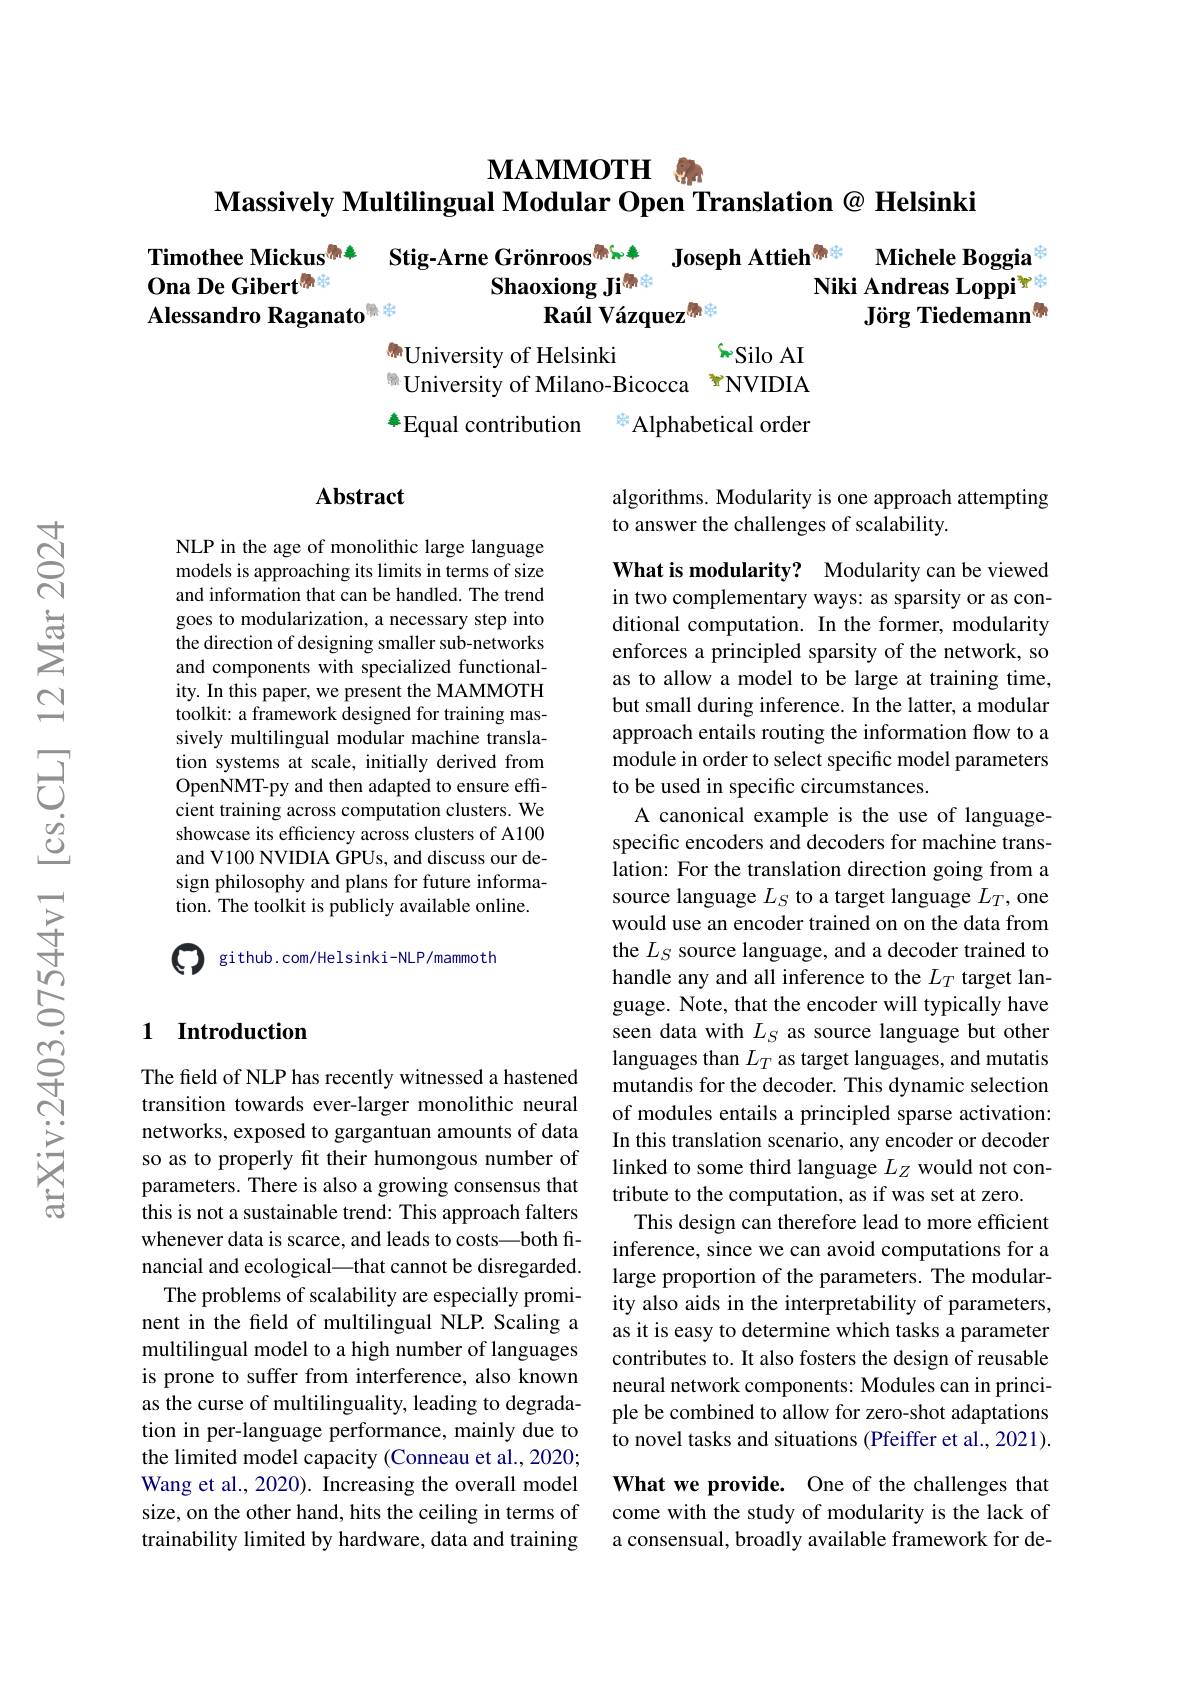
### $\textbf{MAMMOTH }$
$\textbf{Massively Multilingual Modular Open Translation@ Helsinki}$

# Michele Boggia
Timothee Mickus$^{\text{物年}}$ Stig-Arne Grönroos$^{\text{物和年}}$
# Joseph Attieh$^{\text{需求}}$ Ona De Gibert$^{\text{需求}}$ Shaoxiong Jims Niki Andreas Loppi ra Jörg Tiedemann $^{\textcircled{\mathrm{m}}}$ Alessandro Raganato Raúl Vázquez$^{\text{需求}}$

University of Helsinki
Silo AI
$^{\text{Co}}$University of Milano-Bicocca $^\text{To}$NVIDIA
年Equal contribution
s Alphabetical order

## Abstract

algorithms. Modularity is one approach attempting
to answer the challenges of scalability.

NLP in the age of monolithic large language models is approaching its limits in terms of size and information that can be handled. The trend goes to modularization, a necessary step into the direction of designing smaller sub-networks and components with specialized functionality. In this paper, we present the MAMMOTH toolkit: a framework designed for training massively multilingual modular machine translation systems at scale, initially derived from OpenNMT-py and then adapted to ensure efficient training across computation clusters. We showcase its efficiency across clusters of A100 and V100 NVIDIA GPUs, and discuss our design philosophy and plans for future information. The toolkit is publicly available online.

Q github.com/Helsinki-NLP/mammoth

### 1 Introduction

What is modularity? Modularity can be viewed in two complementary ways: as sparsity or as conditional computation. In the former, modularity enforces a principled sparsity of the network, so as to allow a model to be large at training time, but small during inference. In the latter, a modular approach entails routing the information flow to a module in order to select specific model parameters to be used in specific circumstances.
A canonical example is the use of languagespecific encoders and decoders for machine translation: For the translation direction going from a source language $L_S$ to a target language $L_T$, one would use an encoder trained on on the data from the $L_S$ source language, and a decoder trained to handle any and all inference to the $L_T$ target language. Note, that the encoder will typically have seen data with $L_S$ as source language but other languages than $L_T$ as target languages, and mutatis mutandis for the decoder. This dynamic selection of modules entails a principled sparse activation: In this translation scenario, any encoder or decoder linked to some third language $L_Z$ would not contribute to the computation, as if was set at zero.
This design can therefore lead to more efficient inference, since we can avoid computations for a large proportion of the parameters. The modularity also aids in the interpretability of parameters, as it is easy to determine which tasks a parameter contributes to. It also fosters the design of reusable neural network components: Modules can in principle be combined to allow for zero-shot adaptations to novel tasks and situations (Pfeiffer et al., 2021). What we provide. One of the challenges that come with the study of modularity is the lack of

The field of NLP has recently witnessed a hastened transition towards ever-larger monolithic neural networks, exposed to gargantuan amounts of data so as to properly fit their humongous number of parameters. There is also a growing consensus that this is not a sustainable trend: This approach falters whenever data is scarce, and leads to costs—both financial and ecological\_that cannot be disregarded.
The problems of scalability are especially prominent in the feld of multilingual NLP. Scaling a multilingual model to a high number of languages is prone to suffer from interference, also known as the curse of multilinguality, leading to degradation in per-language performance, mainly due to the limited model capacity (Conneau et al., 2020; Wang et al., 2020). Increasing the overall model size, on the other hand, hits the ceiling in terms of trainability limited by hardware, data and training

a consensual, broadly available framework for de-